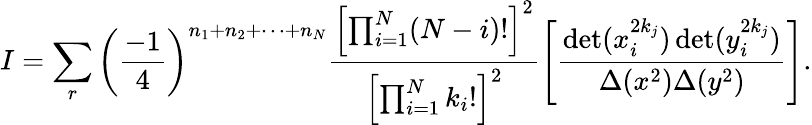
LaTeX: I=\sum_{r}\left(\frac{-1}{4}\right)^{n_{1}+n_{2}+\cdots+n_{N}}\frac{\left[\prod_{i=1}^{N}(N-i)!\right]^{2}}{\left[\prod_{i=1}^{N}k_{i}!\right]^{2}}\left[\frac{\operatorname*{det}(x_{i}^{2k_{j}})\operatorname*{det}(y_{i}^{2k_{j}})}{\Delta(x^{2})\Delta(y^{2})}\right].